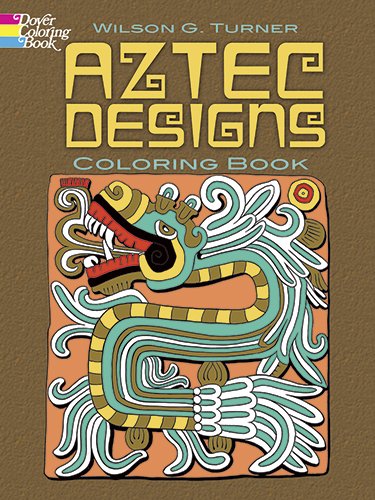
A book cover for Aztec Designs Coloring Book (Dover Design Coloring Books); Wilson G. Turner; Children's Books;